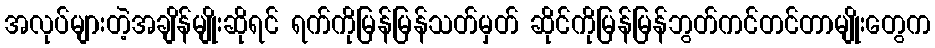
အလုပ်များတဲ့အချိန်မျိုးဆိုရင် ရက်ကိုမြန်မြန်သတ်မှတ် ဆိုင်ကိုမြန်မြန်ဘွတ်ကင်တင်တာမျိုးတွေက